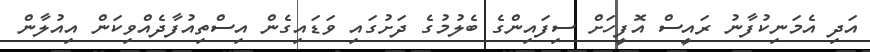
އަދި އެމަނިކުފާނު ރައީސް އޮފީހަށް ސިފައިންގެ ބެލުމުގެ ދަށުގައި ވަޑައިގެން އިސްތިއުފާދެއްވިކަން އިއުލާން